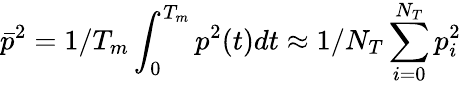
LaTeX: \bar{p}^{2}=1/T_{m}\int_{0}^{T_{m}}p^{2}(t)dt\approx 1/N_{T}\sum_{i=0}^{N_{T}}p_{i}^{2}